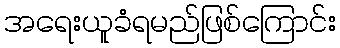
အရေးယူခံရမည်ဖြစ်ကြောင်း